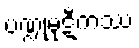
ပဏ္ဍုမုဋီကဿ